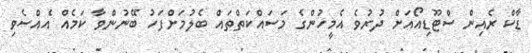
ޑާކް ރެއިން ސްޓޫޑިއޯއަށް ދުރުވެ އެމީހުންގެ މަސައްކަތްތައް ބެލުމަށްފަހު ބޭނުންވާ ކަމެއް އެއްސެވި